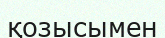
қозысымен